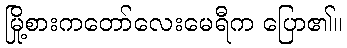
မြို့စားကတော်လေးမေရီက ပြော၏။